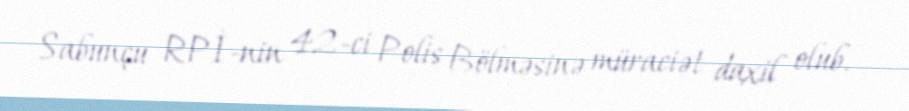
Sabunçu RPİ-nin 42-ci Polis Bölməsinə müraciət daxil olub.